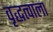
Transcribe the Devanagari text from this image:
वृद्धत्वाला